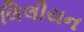
લિલીયન